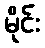
မိုင်း